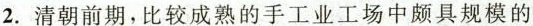
2.清朝前期，比较成熟的手工业工场中颇具规模的